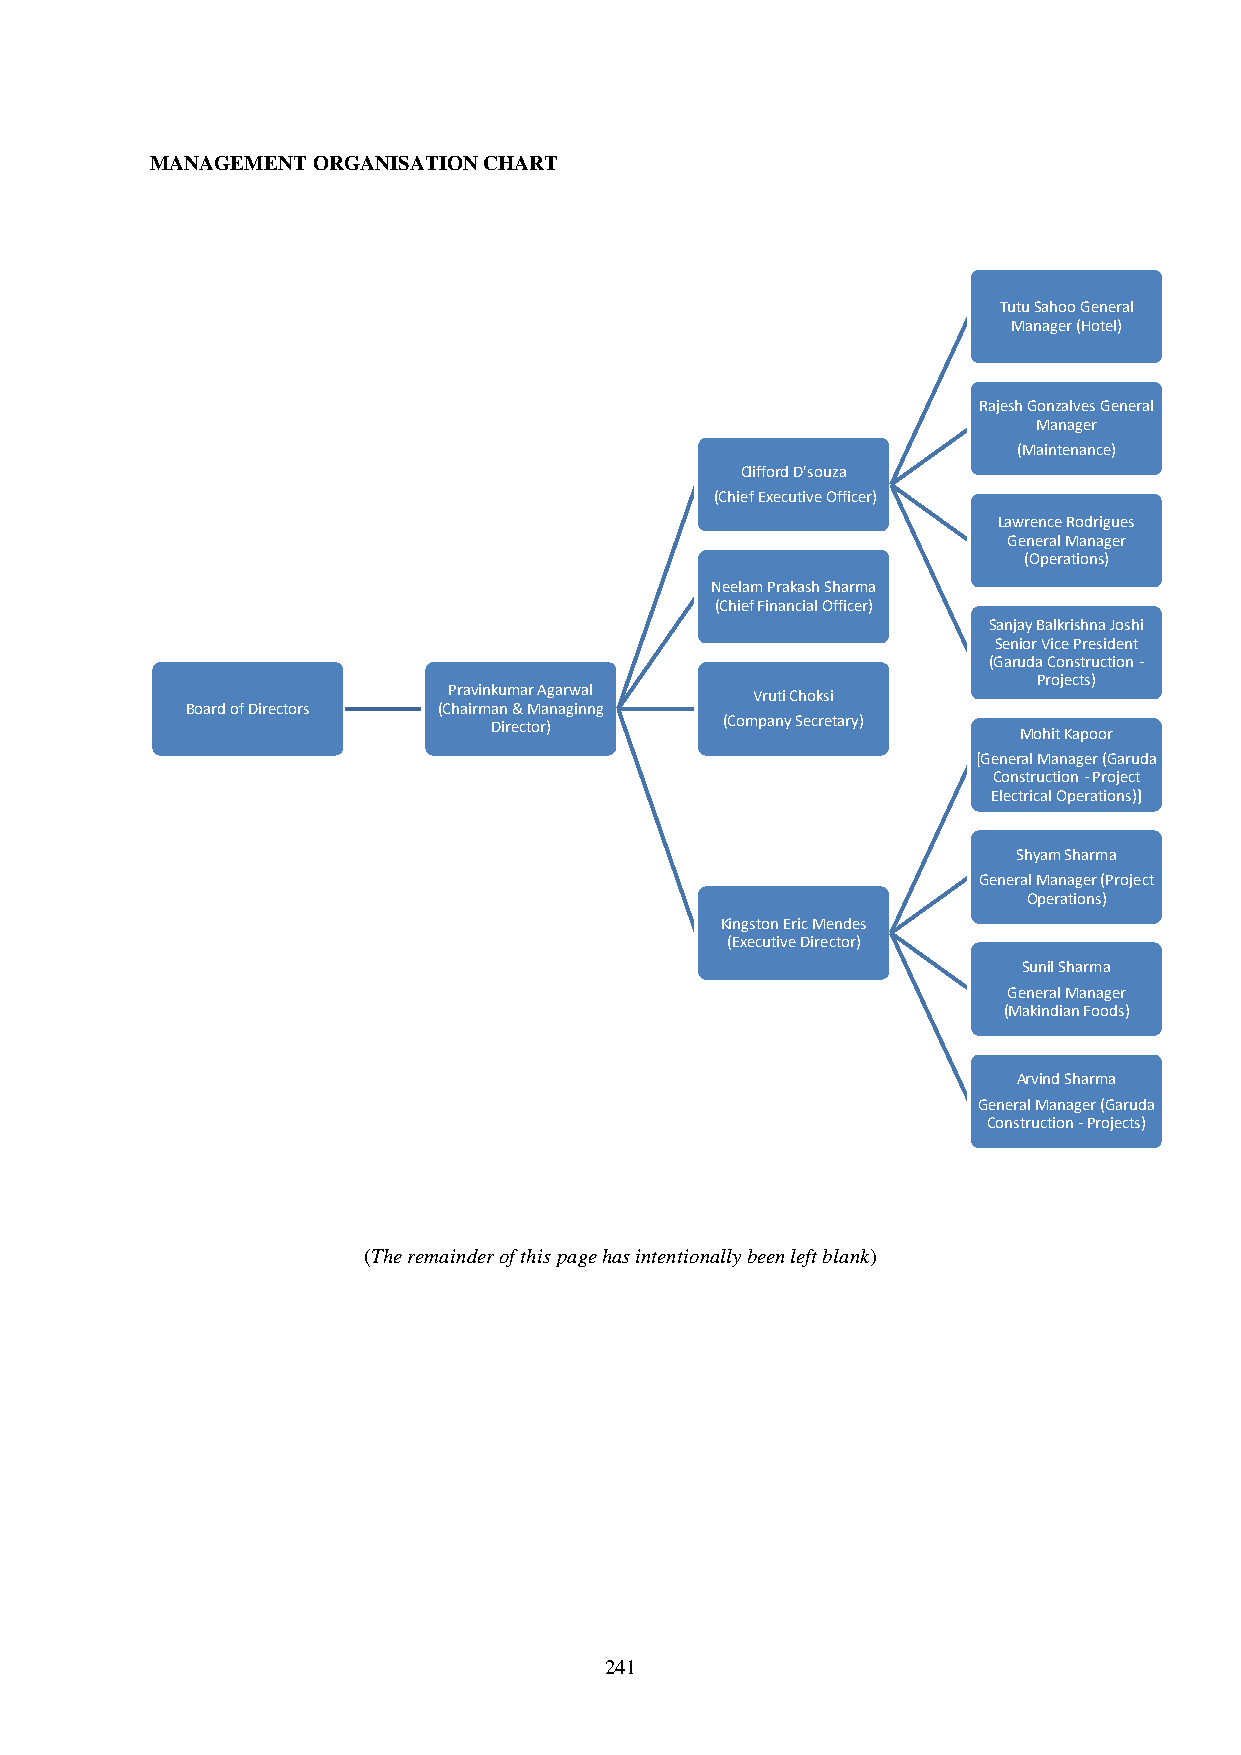
MANAGEMENT ORGANISATION CHART
 Tutu Sahoo General
 Manager (Hotel)
 Rajesh Gonzalves General
 Manager
 (Maintenance)
 Clifford D'souza
 (Chief Executive Officer)
 Lawrence Rodrigues
 General Manager
 (Operations)
 Neelam Prakash Sharma
 (Chief Financial Officer)
 Sanjay Balkrishna Joshi
 Senior Vice President
 (Garuda Construction -
 Projects)
 Pravinkumar Agarwal Vruti Choksi
 Board of Directors (Chairman & Managinng
 Director)       (Company Secretary)
 Mohit Kapoor
 [General Manager (Garuda
 Construction -Project
 Electrical Operations)]
 Shyam Sharma
 General Manager (Project
 Operations)
 Kingston Eric Mendes
 (Executive Director)
 Sunil Sharma
 General Manager
 (Makindian Foods)
 Arvind Sharma
 General Manager (Garuda
 Construction -Projects)
 (The remainder of this page has intentionally been left blank)
 241